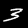
Digit: 3